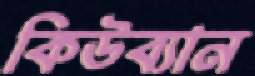
কিউব্যান